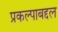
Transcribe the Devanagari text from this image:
प्रकल्पाबद्दल